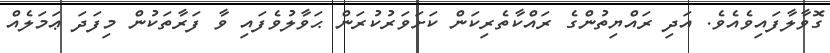
ގޮވާލާފައިވެއެވެ. އަދި ރައްޔިތުންގެ ރައްކާތެރިކަން ކަށަވަރުކުރަން ޙަވާލުވެފައި ވާ ފަރާތަކުން މިފަދަ ޢަމަލެއް